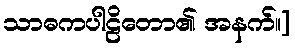
သာဓကပါဠိတော၏ အနက်။]